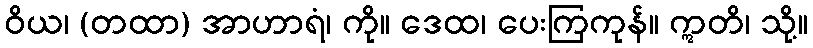
ဝိယ၊ (တထာ) အာဟာရံ၊ ကို။ ဒေထ၊ ပေးကြကုန်။ ဣတိ၊ သို့။